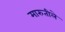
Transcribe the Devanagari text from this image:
मारुतीले